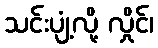
သင်းပျံ့လို့ လှိုင်၊